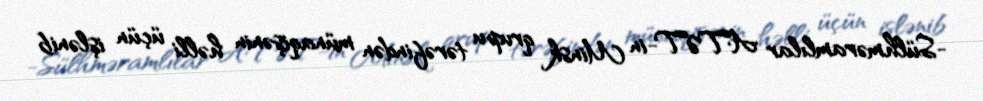
-Sülhməramlılar ATƏT-in Minsk qrupu tərəfindən münaqişənin həlli üçün işlənib